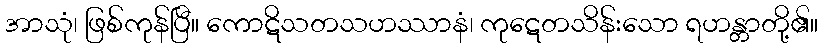
အာသုံ၊ ဖြစ်ကုန်ပြီ။ ကောဋိသတသဟဿာနံ၊ ကုဋေတသိန်းသော ရဟန္တာတို့၏။